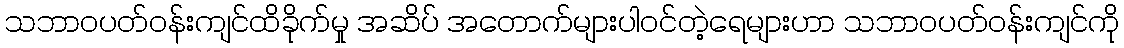
သဘာဝပတ်ဝန်းကျင်ထိခိုက်မှု အဆိပ် အတောက်များပါဝင်တဲ့ရေများဟာ သဘာဝပတ်ဝန်းကျင်ကို